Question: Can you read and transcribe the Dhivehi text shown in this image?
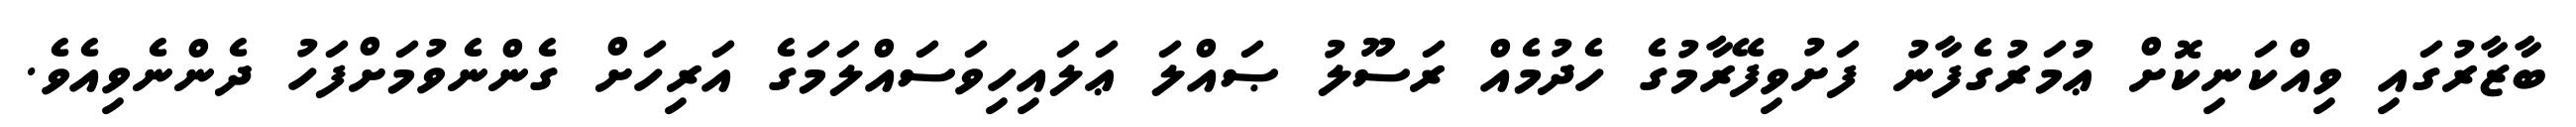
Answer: ބާޒާރުގައި ވިއްކަނިކޮށް ޢުމަރުގެފާނު ފަށުވިފޭރާމުގެ ހެދުމެއް ރަސޫލު ޞައްލަ ޢަލައިހިވަސައްލަމަގެ އަރިހަށް ގެންނެވުމަށްފަހު ދެންނެވިއެވެ.